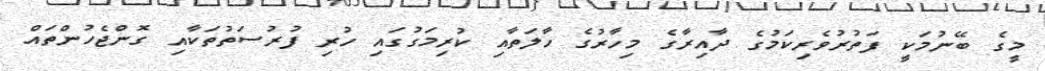
މީގެ ބޭނުމަކީ ފަތުރުވެރިކަމުގެ ދާއިރާގެ މިހާރުގެ ހާލަތާއި ކުރިމަގުގައި ހުރި ފުރުސަތުތަކާއި ގޮންޖެހުންތައް